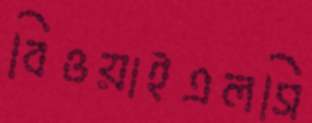
বিওয়াইএলসি